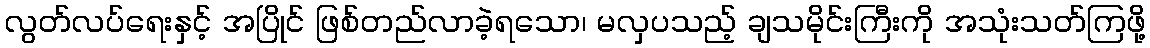
လွတ်လပ်ရေးနှင့် အပြိုင် ဖြစ်တည်လာခဲ့ရသော၊ မလှပသည့် ချသမိုင်းကြီးကို အသုံးသတ်ကြဖို့